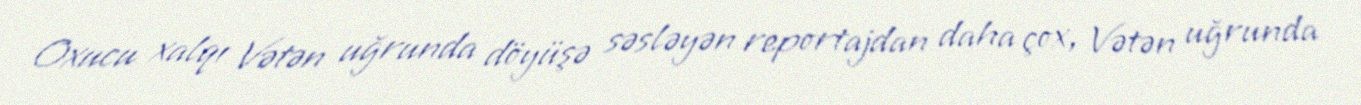
Oxucu xalqı Vətən uğrunda döyüşə səsləyən reportajdan daha çox, Vətən uğrunda